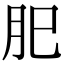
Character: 𦘺